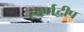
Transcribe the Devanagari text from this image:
स्वर्णद्वीप